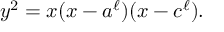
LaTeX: y ^ { 2 } = x ( x - a ^ { \ell } ) ( x - c ^ { \ell } ) .